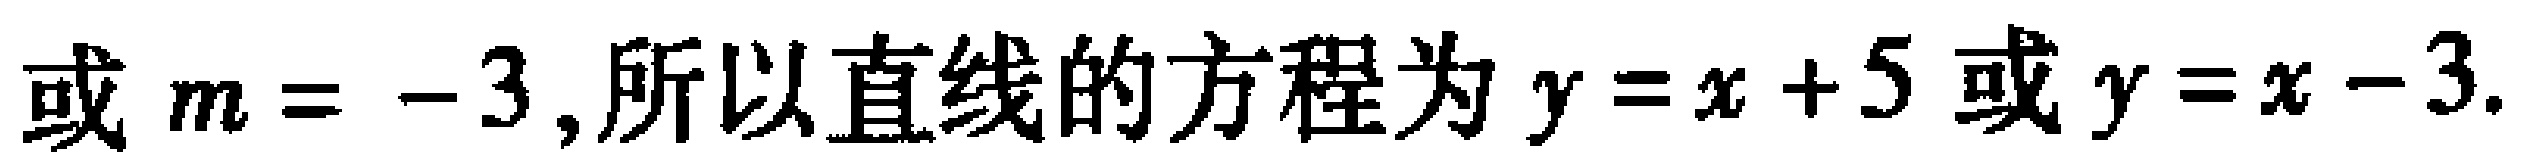
或 \(m = -3\),所以直线的方程为 \(y=x + 5\)或\(y=x - 3\).